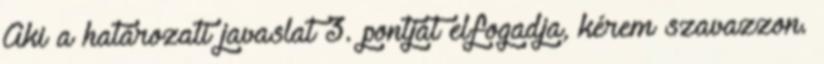
Aki a határozati javaslat 3. pontját elfogadja, kérem szavazzon.